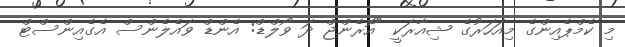
މި ކެމްޕެއިންގެ މިއަހަރުގެ ޝިއާރަކީ "އޮރެންޖް ދަ ވޯލްޑް: އެންޑް ވައެލެންސް އެގެއިންސްޓް